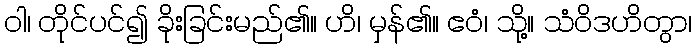
ဝါ၊ တိုင်ပင်၍ ခိုးခြင်းမည်၏။ ဟိ၊ မှန်၏။ ဧဝံ၊ သို့။ သံဝိဒဟိတွာ၊